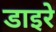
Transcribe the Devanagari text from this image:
डाइरे